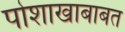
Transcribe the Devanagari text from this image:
पोशाखाबाबत